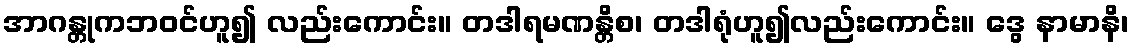
အာဂန္တုကဘဝင်ဟူ၍ လည်းကောင်း။ တဒါရမဏန္တိစ၊ တဒါရုံဟူ၍လည်းကောင်း။ ဒွေ နာမာနိ၊